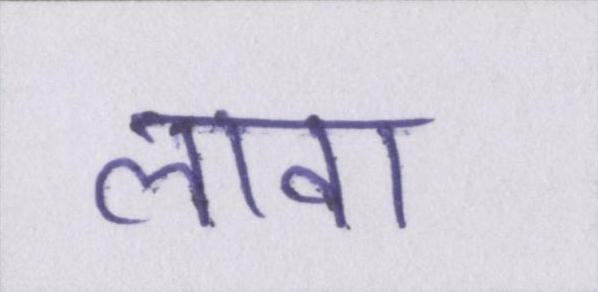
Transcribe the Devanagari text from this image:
लावा